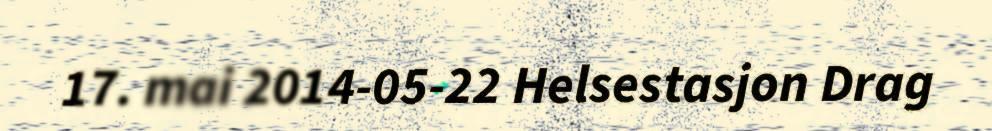
17. mai 2014-05-22 Helsestasjon Drag